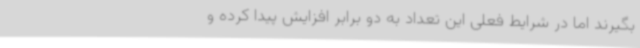
بگیرند اما در شرایط فعلی این تعداد به دو برابر افزایش پیدا کرده و